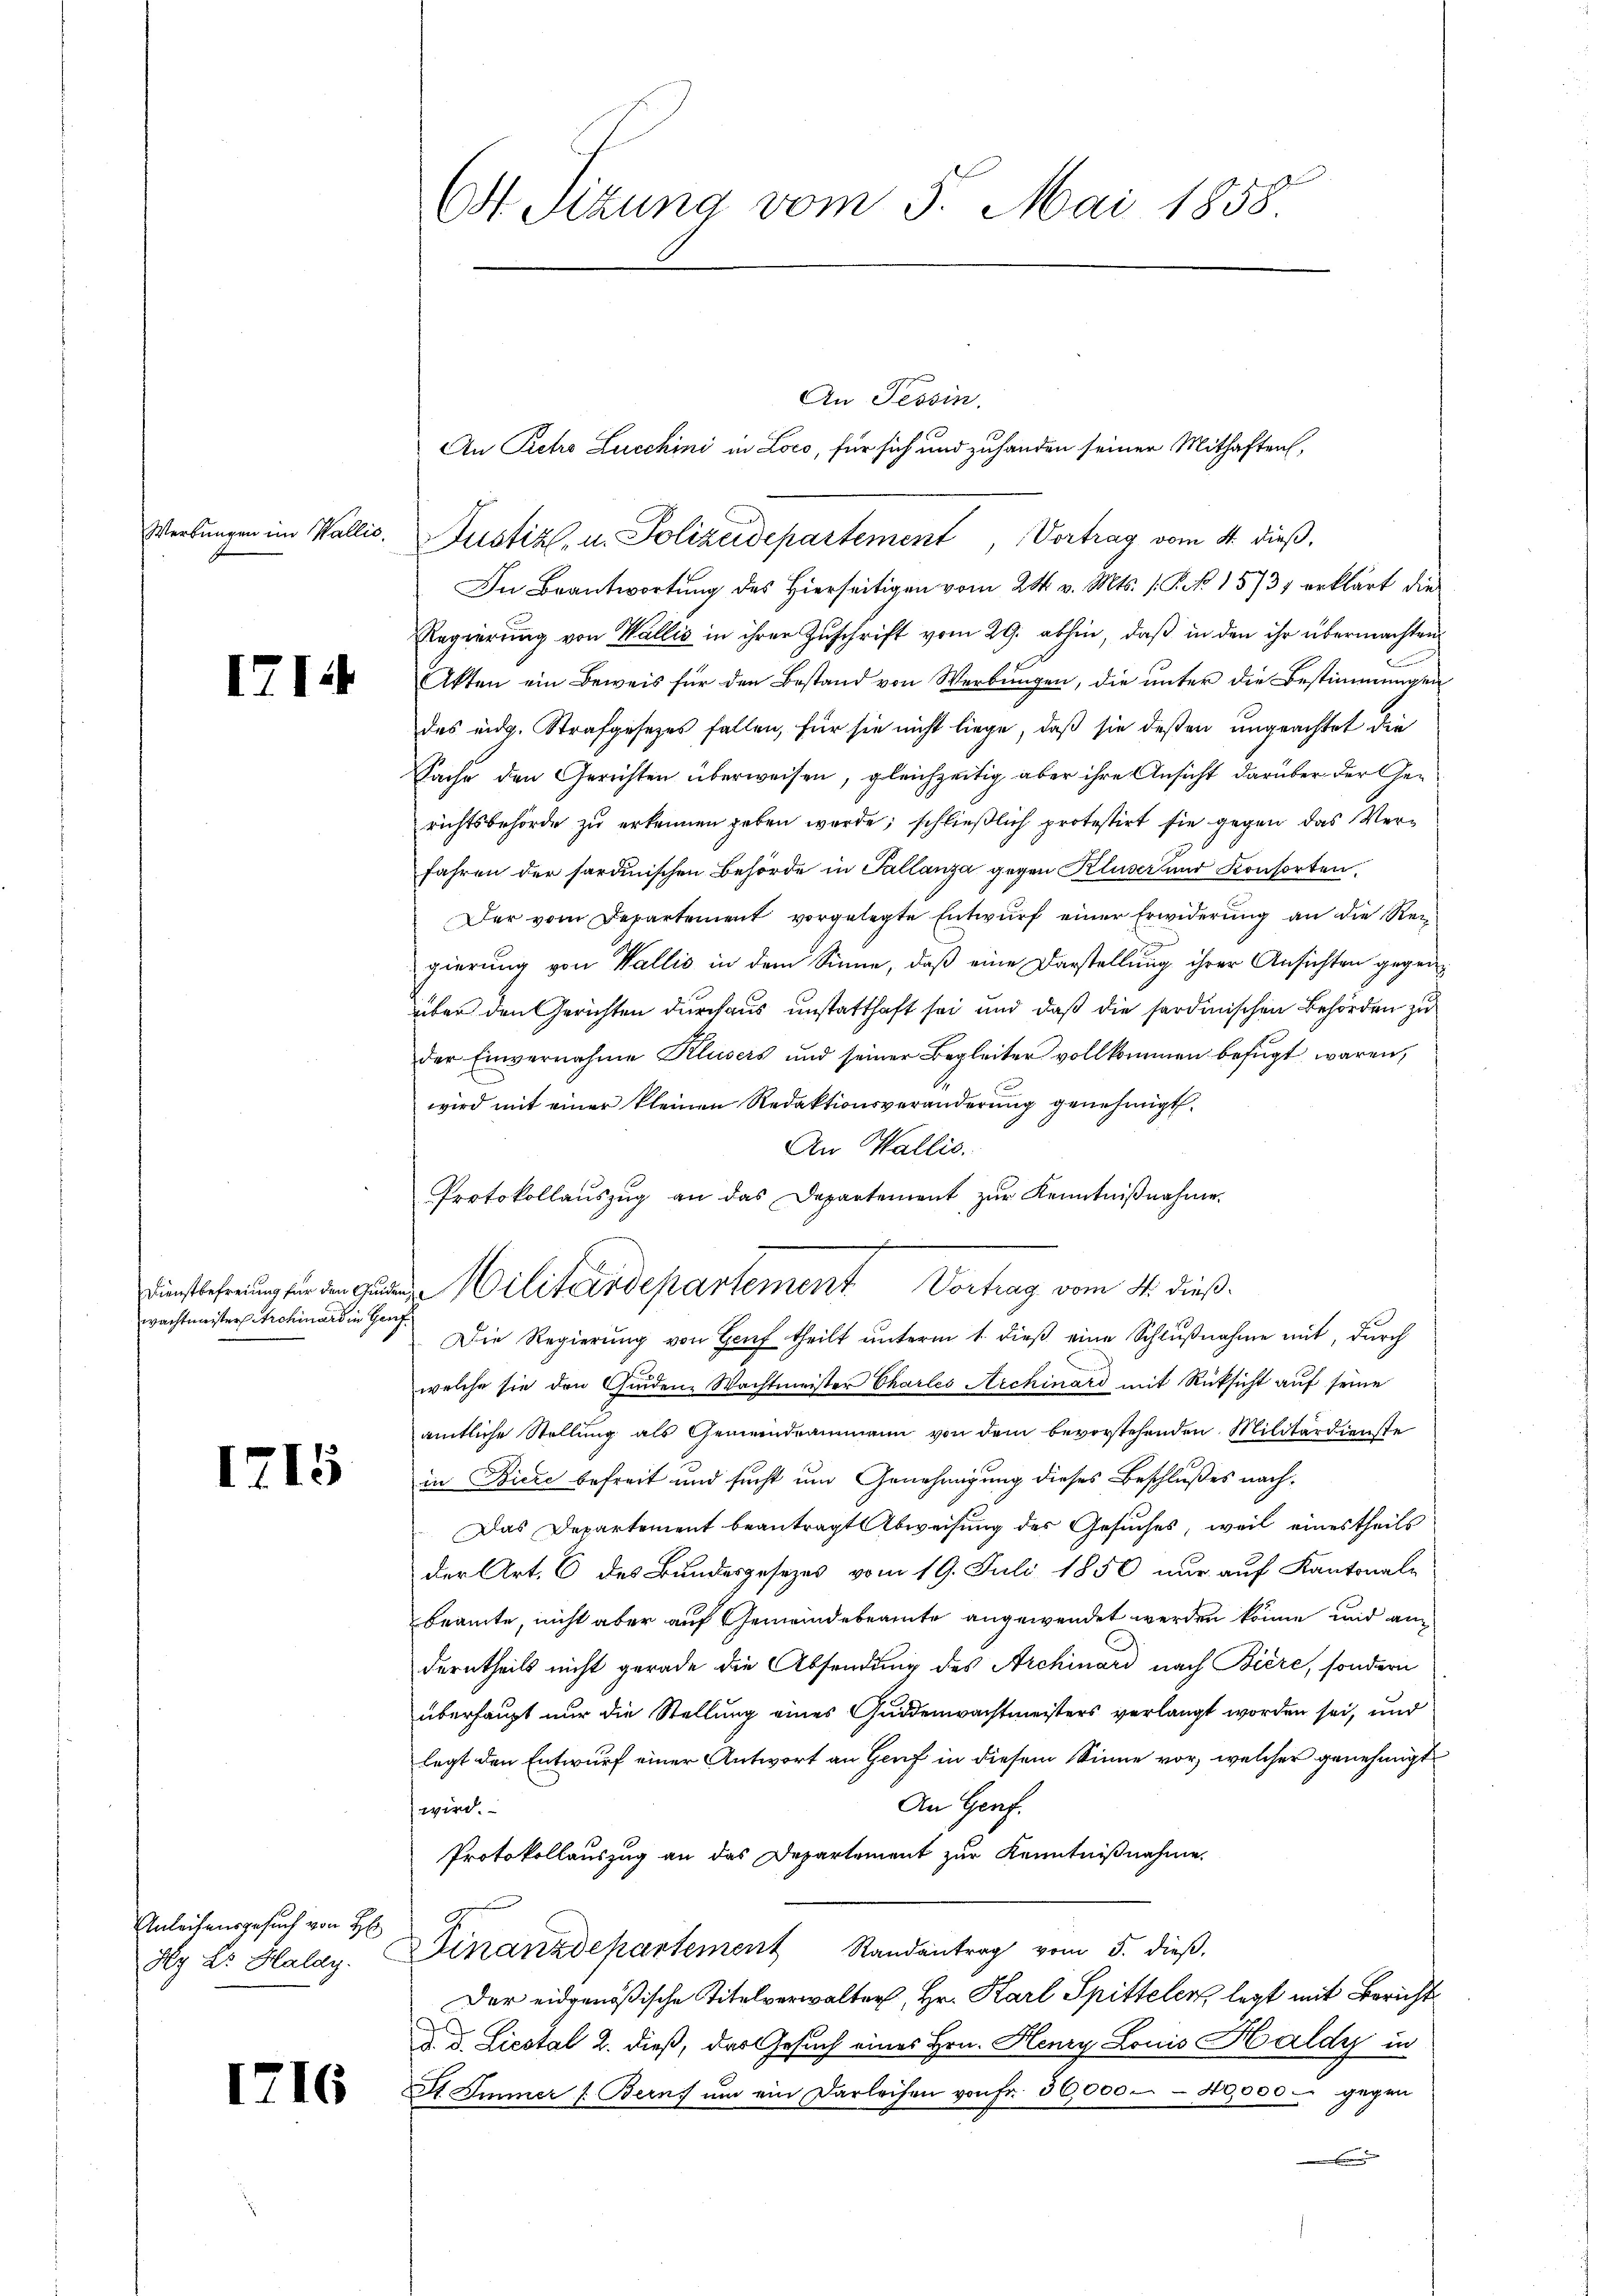
1714

wachtmeister Archivard in Hanf¬

1215

Anleihensgesuch von H
dg Dr. Haldy.

1

16

An Tessin.
An Petro Lucchini in Loco, für sich und zuhanden seiner Mithaften,
Werbungen im Wallis. Justiz, u. Polizeidepartement, Vortrag vom 4. dieß,
In Beantwortung des Hierseitigen vom 24. v. Mts. 1. P. Nr. 1573 erklärt die
Regierung von Wallis in ihrer Zuschrift vom 29. abhin, daß in den ihr übermachten
Akten ein Beweis für den Bestand von Werbŭngen, die ŭnter die Bestimmungen
des eidg. Strafgesetzes fallen, für sie nicht liege, daß sie deßen ungeachtet die
Sache den Gerichten überweisen, gleichzeitig aber ihre Ansicht darüber der Gerichtsbehörde zu erkennen geben werde, schließlich protestirt sie gegen das Verfahren der sardinischen Behörde in Tallanza gegen Kluser und Konsorten.
Der vom Departement vorgelegte Entwurf einer Erwiderung an die Rei
gierung von Wallis in dem Sinne, daß eine Darstellung ihrer Ansichten gegen
über den Gerichten durchaus unstatthaft sei und daß die sardinischen Behörden zu
der Einvernahme Klusers und seiner Begleiter vollkommen befugt waren,
wird mit einer kleinen Redaktionsveränderung genehmigt.
An Wallis.
Die Regierŭng von Genf theilt ŭnterm 1. dieβ eine Schlußnahme mit, durch
welche sie den Geden Wachtmeister Charles Archinard mit Rücksicht auf seine
amtliche Stellung als Gemeindrammann von dem bevorstehenden Militärdienste
in Biere befreit und sucht um Genehmigung dieses Beschlußes nach¬
Das Departement beantragt Abweisung des Gesuches, weil eines theils
der Art. 6 des Bundesgesezes vom 19. Juli 1856 nur auf Kantonale
beamte, nicht aber auf Gemeindebeamte angewendet werden könne, und anderntheils nicht gerade die Absendung des Archinard nach Biere, sondern
überhaupt nur die Stellung eines Guddenwachtmeisters verlangt worden sei, und
legt den Entwurf einer Antwort an Genf in diesem Sinne vor, welcher genehmigt
An Genf.
wird.
Protokollauszug an das Departement zur Kenntnißnahme.
Finanzdepartement Randantrag vom 5. dieβ.
Der eidgenößische Titelverwalter, Hr. Karl Spittelen, legt mit Bericht
d. d. Liestal 2. dieß, das Gesuch eines Hrn. Henry Louis Haldy in
St. Immer s. Berns ŭm ein Darleihen von fr. 30,000 - 40,000 - gegen
.

6st. Sizung vom 5. Mai 1858.

Protokollaŭszŭg an das Departement zŭr Kenntniβnahme.
ilitärdepartement Vortrag vom 4. dieß